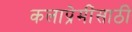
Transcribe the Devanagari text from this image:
कलाप्रेमींसाठी